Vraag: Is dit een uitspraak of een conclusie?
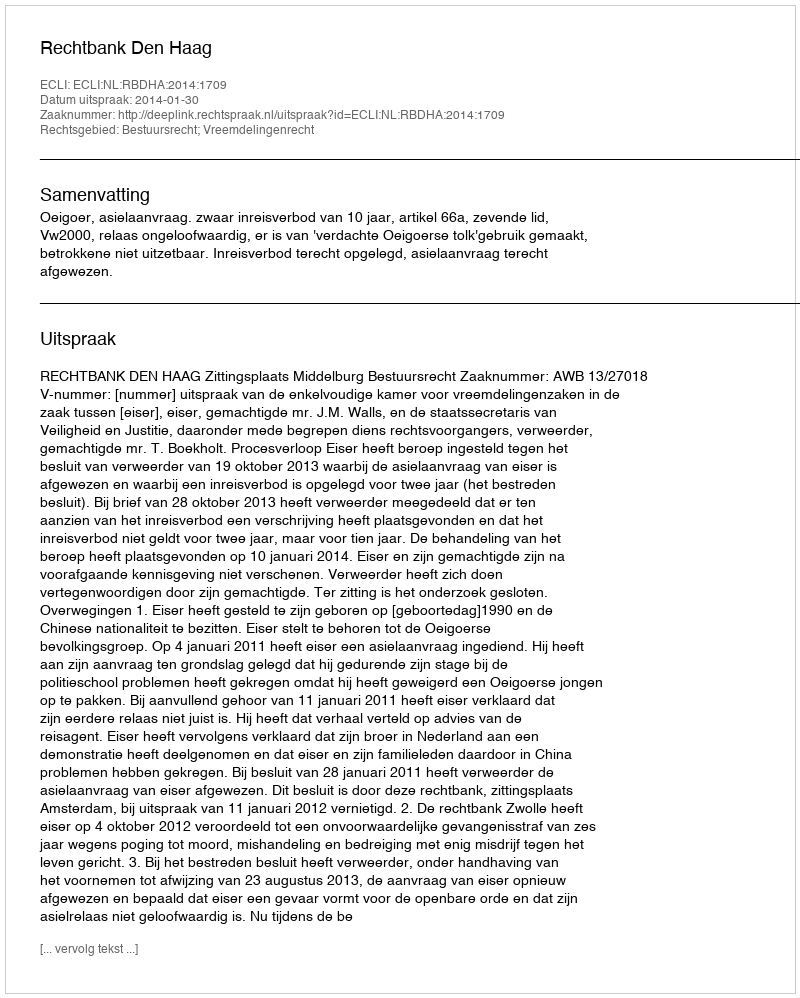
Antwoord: Uitspraak